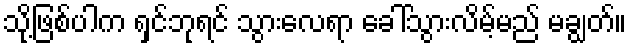
သို့ဖြစ်ပါက ရှင်ဘုရင် သွားလေရာ ခေါ်သွားလိမ့်မည် မချွတ်။